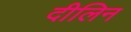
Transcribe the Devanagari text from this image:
दीलिन